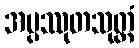
အပ္ပဿုတသုတ္တံ